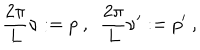
\frac { 2 \pi } { L } \nu : = p \ , \ \ \frac { 2 \pi } { L } \nu ^ { \prime } : = p ^ { \prime } \ ,